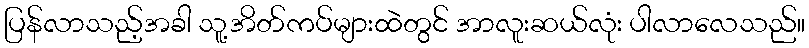
ပြန်လာသည့်အခါ သူ့အိတ်ကပ်များထဲတွင် အာလူးဆယ်လုံး ပါလာလေသည်။